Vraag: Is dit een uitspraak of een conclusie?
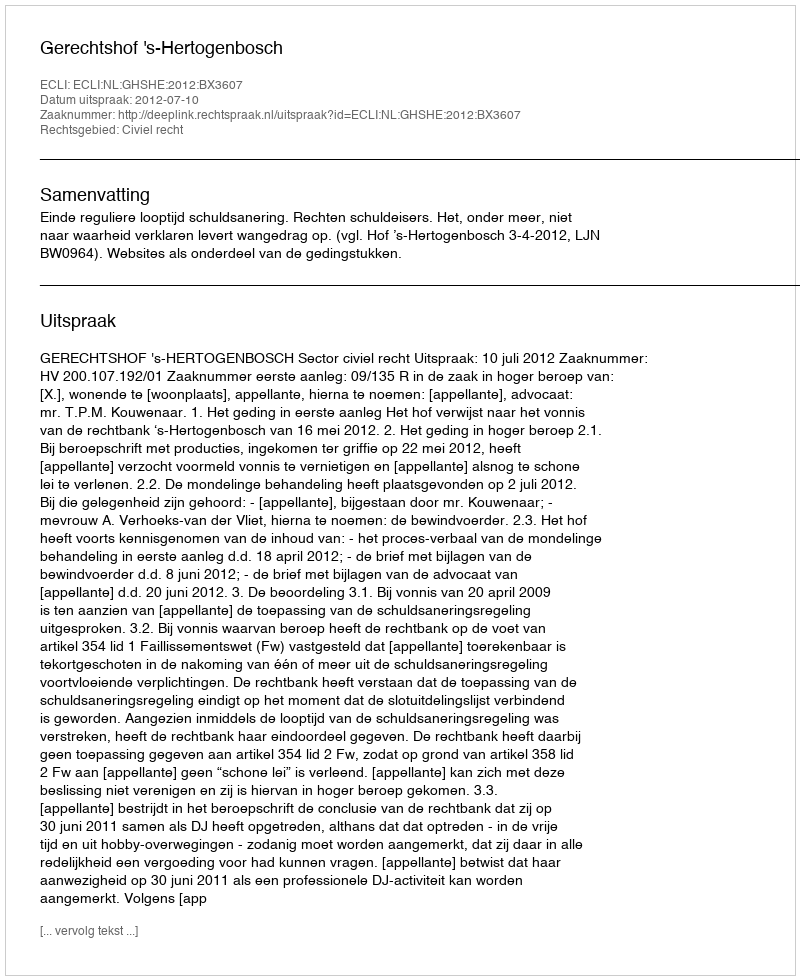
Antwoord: Uitspraak